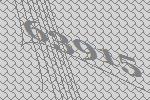
63915